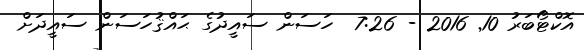
އޮކްޓޯބަރު 10